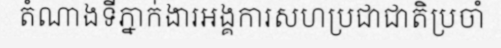
តំណាងទីភ្នាក់ងារអង្គការសហប្រជាជាតិប្រចាំ